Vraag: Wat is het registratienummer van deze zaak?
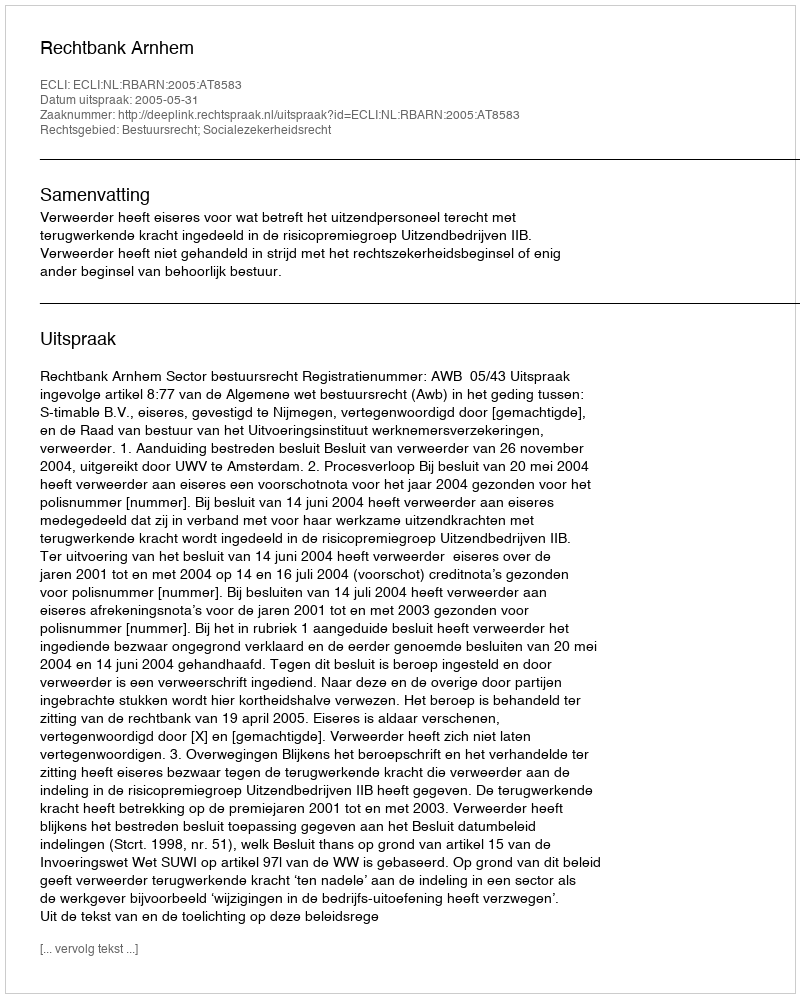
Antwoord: http://deeplink.rechtspraak.nl/uitspraak?id=ECLI:NL:RBARN:2005:AT8583